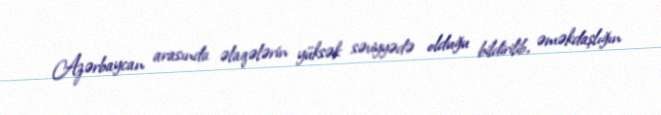
Azərbaycan arasında əlaqələrin yüksək səviyyədə olduğu bildirilib, əməkdaşlığın